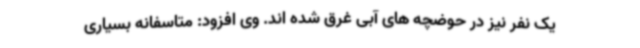
یک نفر نیز در حوضچه های آبی غرق شده اند. وی افزود: متاسفانه بسیاری